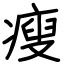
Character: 瘦